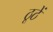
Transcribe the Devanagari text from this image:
ठूठें